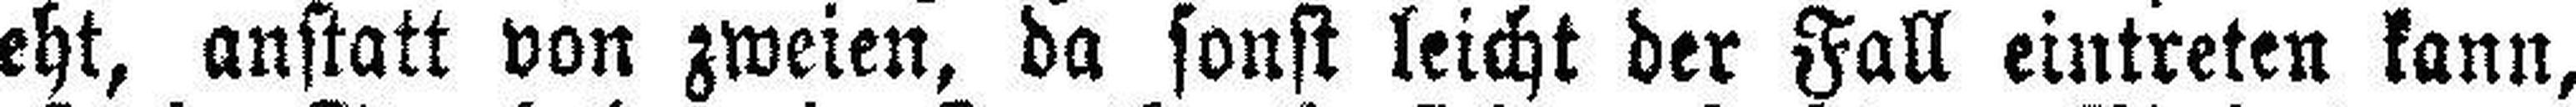
geht, anstatt von zweien, da sonst leicht der Fall eintreten kann,